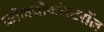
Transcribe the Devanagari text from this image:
कॉलचीकोस्टेरॉल